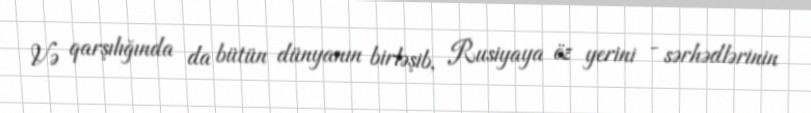
Və qarşılığında da bütün dünyanın birləşib, Rusiyaya öz yerini - sərhədlərinin